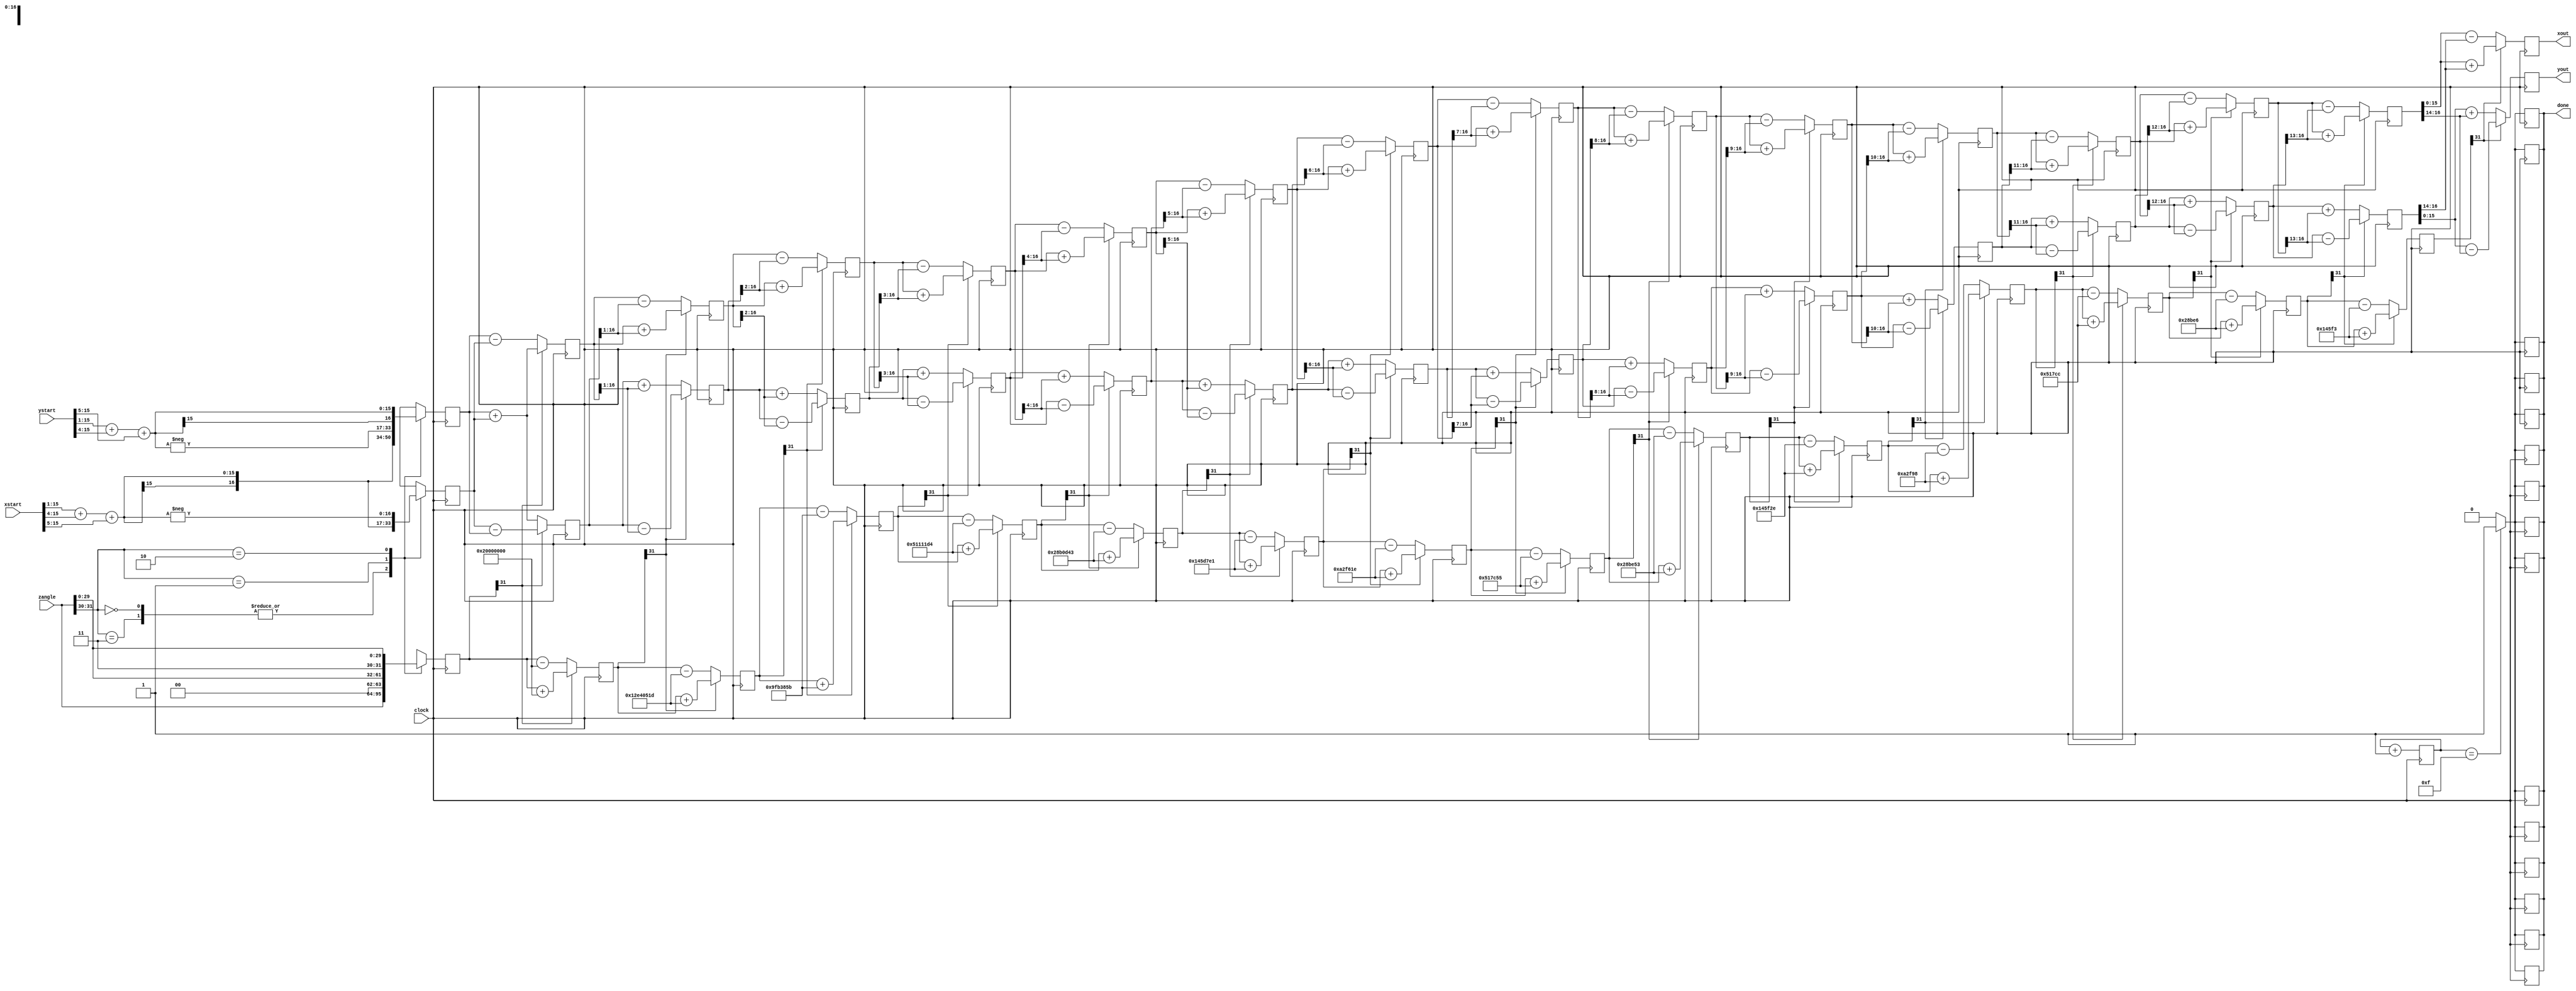
`timescale 1ns / 1ps
//////////////////////////////////////////////////////////////////////////////////
// Company: 
// Engineer: 
// 
// Design Name: 
// Module Name:    cordic 
// Project Name: 
// Target Devices: 
// Tool versions: 
// Description: 
//
// Dependencies: 
//
// Revision: 
// Revision 0.01 - File Created
// Additional Comments: 
//
//////////////////////////////////////////////////////////////////////////////////
module cordic(
    input clock,
    input signed [15:0] xstart,
    input signed [15:0] ystart,
    input signed [31:0] zangle,
    output signed [15:0] xout,
    output signed [15:0] yout,
    output reg done
    );

reg znext;

wire signed [31:0] atan_table[0:15];


assign atan_table[00] = 'b00100000000000000000000000000000; // 45.000 degrees -> atan(2^0)
assign atan_table[01] = 'b00010010111001000000010100011101; // 26.565 degrees -> atan(2^-1)
assign atan_table[02] = 'b00001001111110110011100001011011; // 14.036 degrees -> atan(2^-2)
assign atan_table[03] = 'b00000101000100010001000111010100; // atan(2^-3)
assign atan_table[04] = 'b00000010100010110000110101000011;
assign atan_table[05] = 'b00000001010001011101011111100001;
assign atan_table[06] = 'b00000000101000101111011000011110;
assign atan_table[07] = 'b00000000010100010111110001010101;
assign atan_table[08] = 'b00000000001010001011111001010011;
assign atan_table[09] = 'b00000000000101000101111100101110;
assign atan_table[10] = 'b00000000000010100010111110011000;
assign atan_table[11] = 'b00000000000001010001011111001100;
assign atan_table[12] = 'b00000000000000101000101111100110;
assign atan_table[13] = 'b00000000000000010100010111110011;
assign atan_table[14] = 'b00000000000000001010001011111001;
assign atan_table[15] = 'b00000000000000000101000101111100;

parameter width = 16;

reg signed [15:0] xcomp_start,ycomp_start;
reg [3:0] out = 4'b0000;


wire [1:0] quad;
assign quad = zangle[31:30];

reg signed [width:0] x [0:width-1];
reg signed [width:0] y [0:width-1];
reg signed [31:0] z [0:width-1]; // col z[rows]


always @(posedge clock)
begin

xcomp_start = (xstart>>>1)+(xstart>>>4)+(xstart>>>5);
ycomp_start = (ystart>>>1)+(ystart>>>4)+(ystart>>>5);

case(quad)
	2'b00,2'b11:
		begin		// -90 to 90
		x[0] <= xcomp_start;
		y[0] <= ycomp_start;
		z[0] <= zangle;
		end
	2'b01:				//subtract 90	(second quadrant)
		begin
		x[0] <= -ycomp_start;
		y[0] <= xcomp_start;
		z[0] <= {2'b00,zangle[29:0]};
		end
	2'b10:				// add 90 (third quadrant)
		begin
		x[0] <= ycomp_start;			
		y[0] <= -xcomp_start;
		z[0] <= {2'b11,zangle[29:0]};
		end
		
endcase
end


genvar i;
generate
for (i=0;i<15;i=i+1)
begin: iterations

	wire signed [width:0] xshift, yshift;

	assign xshift = x[i] >>> i; // signed shift right
	assign yshift = y[i] >>> i;

	always @(posedge clock)
		begin
		x[i+1] <= z[i][31] ? x[i]+ yshift:x[i]-yshift;
		y[i+1] <= z[i][31] ? y[i]-xshift:y[i]+xshift;
		z[i+1] <= z[i][31] ? z[i]+atan_table[i]:z[i]-atan_table[i];
        out <= out+1;
        if (out == 4'b1111)
        done = 'b1;
        else
        done = 'b0;

	end


end
endgenerate



assign xout = x[width-1];
assign yout = y[width-1];

endmodule